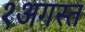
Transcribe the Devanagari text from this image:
१अगस्त